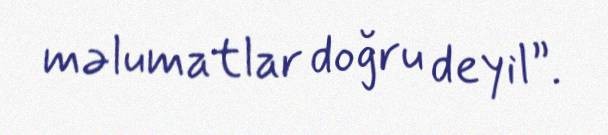
məlumatlar doğru deyil”.